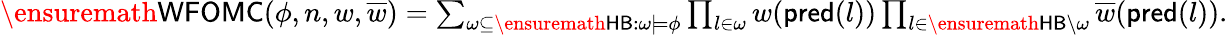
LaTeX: \begin{array}{r}{\ensuremath{\mathsf{WFOMC}}(\phi,n,w,\overline{{w}})=\sum_{\omega\subseteq\ensuremath{\mathsf{HB}}:\omega\models\phi}\prod_{l\in\omega}w(\mathsf{pred}(l))\prod_{l\in\ensuremath{\mathsf{HB}}\setminus\omega}\overline{{w}}(\mathsf{pred}(l)).}\end{array}